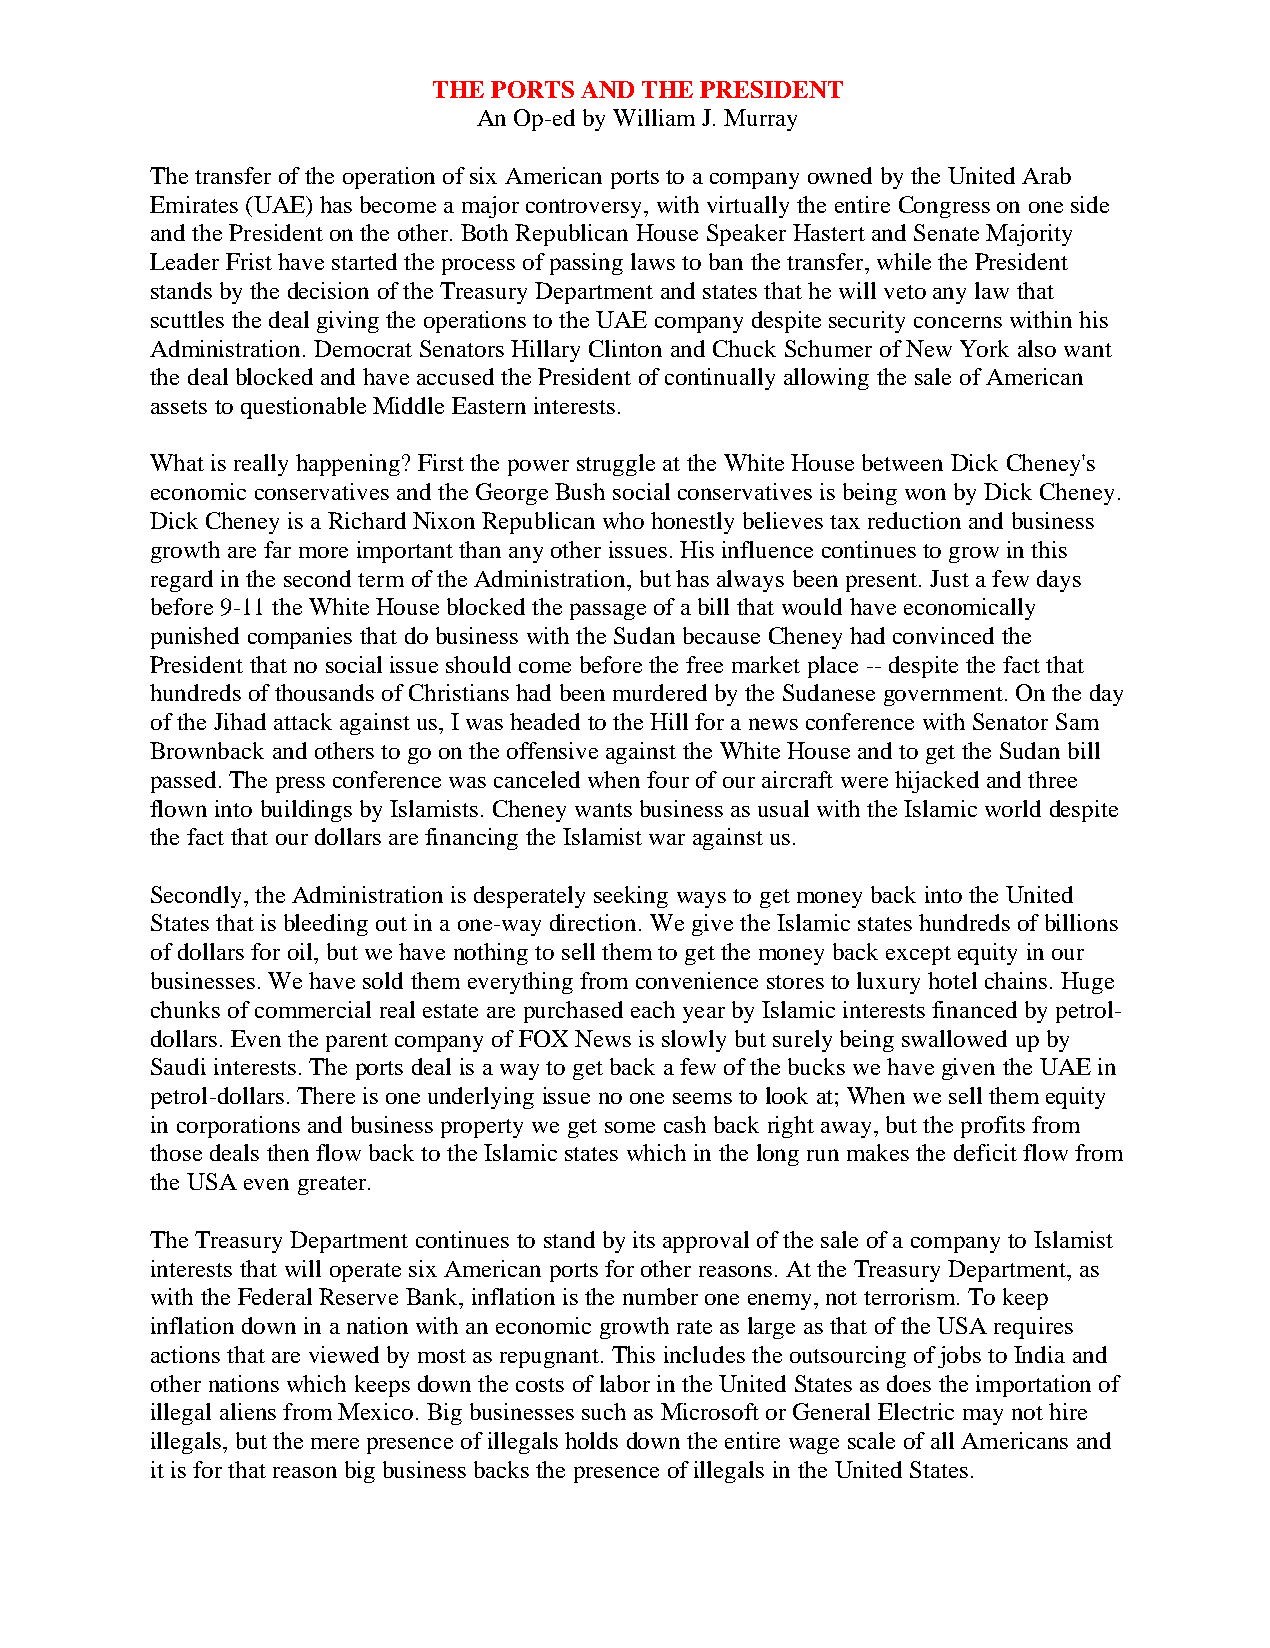
THE PORTS AND THE PRESIDENT
 An Op-ed by William J. Murray
 The transfer of the operation of six American ports to a company owned by the United Arab
 Emirates (UAE) has become a major controversy, with virtually the entire Congress on one side
 and the President on the other. Both Republican House Speaker Hastert and Senate Majority
 Leader Frist have started the process of passing laws to ban the transfer, while the President
 stands by the decision of the Treasury Department and states that he will veto any law that
 scuttles the deal giving the operations to the UAE company despite security concerns within his
 Administration. Democrat Senators Hillary Clinton and Chuck Schumer of New York also want
 the deal blocked and have accused the President of continually allowing the sale of American
 assets to questionable Middle Eastern interests.
 What is really happening? First the power struggle at the White House between Dick Cheney's
 economic conservatives and the George Bush social conservatives is being won by Dick Cheney.
 Dick Cheney is a Richard Nixon Republican who honestly believes tax reduction and business
 growth are far more important than any other issues. His influence continues to grow in this
 regard in the second term of the Administration, but has always been present. Just a few days
 before 9-11 the White House blocked the passage of a bill that would have economically
 punished companies that do business with the Sudan because Cheney had convinced the
 President that no social issue should come before the free market place -- despite the fact that
 hundreds of thousands of Christians had been murdered by the Sudanese government. On the day
 of the Jihad attack against us, I was headed to the Hill for a news conference with Senator Sam
 Brownback and others to go on the offensive against the White House and to get the Sudan bill
 passed. The press conference was canceled when four of our aircraft were hijacked and three
 flown into buildings by Islamists. Cheney wants business as usual with the Islamic world despite
 the fact that our dollars are financing the Islamist war against us.
 Secondly, the Administration is desperately seeking ways to get money back into the United
 States that is bleeding out in a one-way direction. We give the Islamic states hundreds of billions
 of dollars for oil, but we have nothing to sell them to get the money back except equity in our
 businesses. We have sold them everything from convenience stores to luxury hotel chains. Huge
 chunks of commercial real estate are purchased each year by Islamic interests financed by petrol-
 dollars. Even the parent company of FOX News is slowly but surely being swallowed up by
 Saudi interests. The ports deal is a way to get back a few of the bucks we have given the UAE in
 petrol-dollars. There is one underlying issue no one seems to look at; When we sell them equity
 in corporations and business property we get some cash back right away, but the profits from
 those deals then flow back to the Islamic states which in the long run makes the deficit flow from
 the USA even greater.
 The Treasury Department continues to stand by its approval of the sale of a company to Islamist
 interests that will operate six American ports for other reasons. At the Treasury Department, as
 with the Federal Reserve Bank, inflation is the number one enemy, not terrorism. To keep
 inflation down in a nation with an economic growth rate as large as that of the USA requires
 actions that are viewed by most as repugnant. This includes the outsourcing of jobs to India and
 other nations which keeps down the costs of labor in the United States as does the importation of
 illegal aliens from Mexico. Big businesses such as Microsoft or General Electric may not hire
 illegals, but the mere presence of illegals holds down the entire wage scale of all Americans and
 it is for that reason big business backs the presence of illegals in the United States.